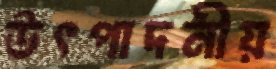
উৎপাদনীয়